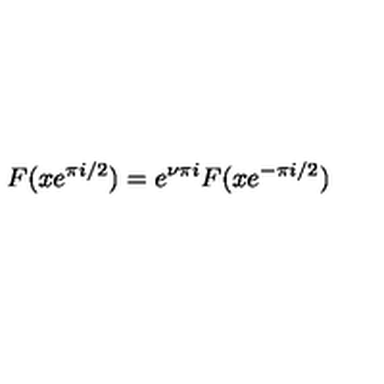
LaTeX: F ( x e ^ { \pi i / 2 } ) = e ^ { \nu \pi i } F ( x e ^ { - \pi i / 2 } )